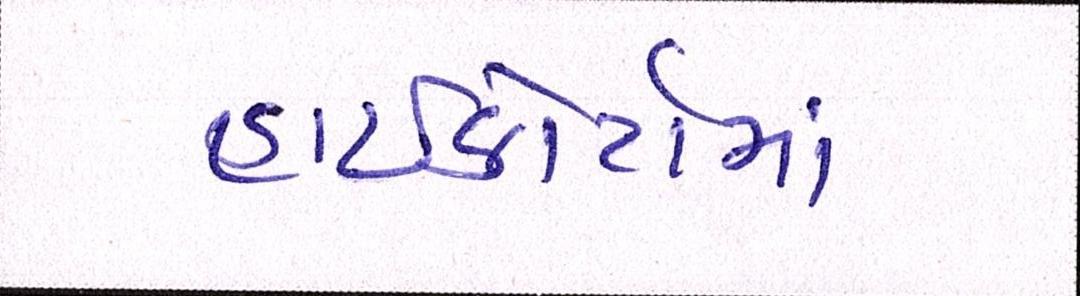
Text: હાઇકોર્ટોમાં